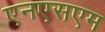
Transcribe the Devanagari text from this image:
एनएसएम